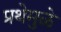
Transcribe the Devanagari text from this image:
प्रथेमुळे